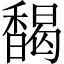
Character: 馤